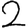
Digit: 2